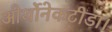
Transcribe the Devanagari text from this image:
ओर्थोनेकटीडा।